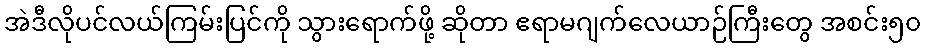
အဲဒီလိုပင်လယ်ကြမ်းပြင်ကို သွားရောက်ဖို့ ဆိုတာ ဧရာမဂျက်လေယာဉ်ကြီးတွေ အစင်း၅၀